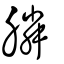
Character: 膦